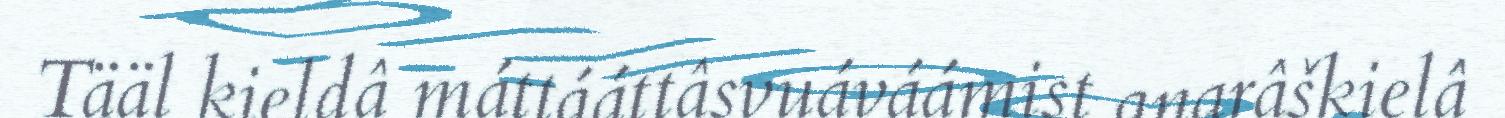
Tääl kieldâ máttááttâsvuáváámist anarâškielâ